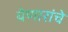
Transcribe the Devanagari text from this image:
येणारांचे